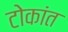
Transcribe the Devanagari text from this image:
टोकांत